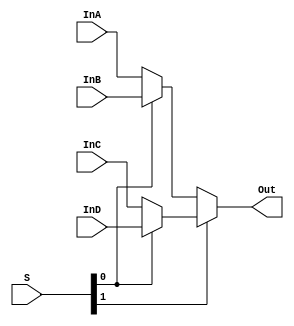

module mux4to1_64(InA, InB, InC, InD, S, Out);
    input [63:0] InA, InB, InC, InD;
    input [1:0] S;
    output [63:0] Out;

    wire [63:0] mux0_out, mux1_out;

    assign mux0_out = (S[0]) ? InB : InA;
    assign mux1_out = (S[0]) ? InD : InC;
	assign Out = (S[1]) ? mux1_out : mux0_out;
endmodule